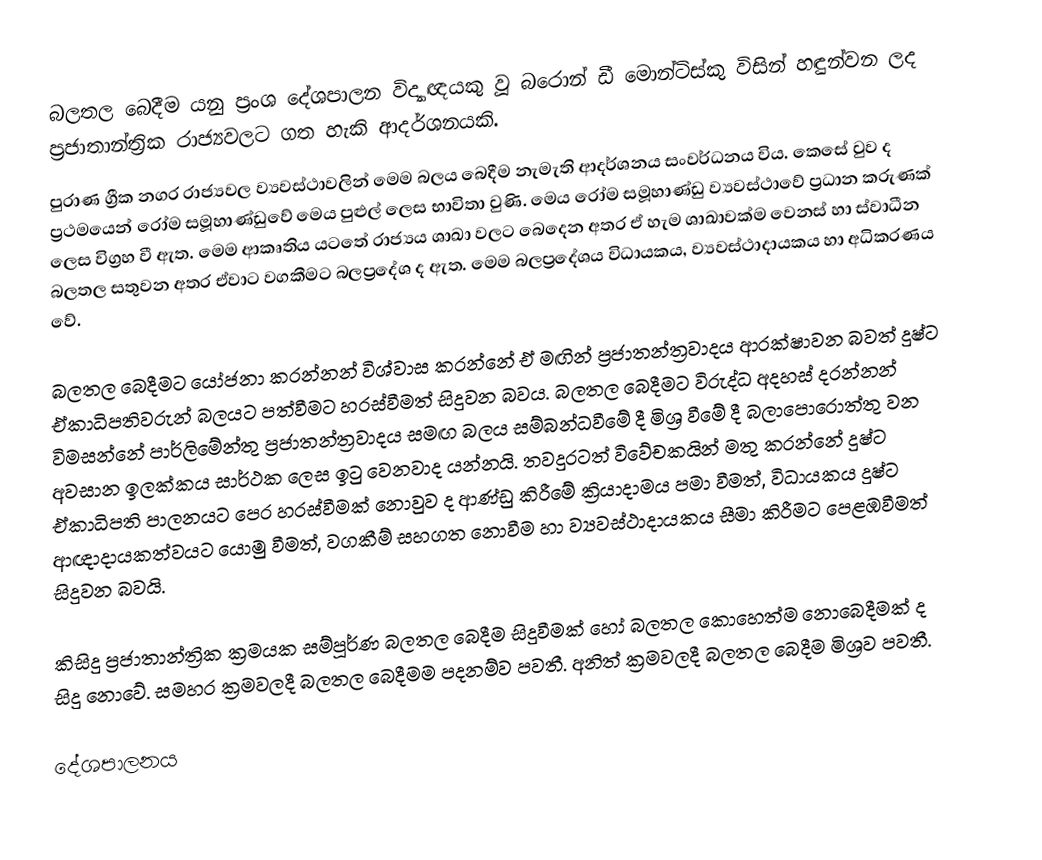
බලතල බෙදීම යනු ප්‍රංශ දේශපාලන විද්‍යාඥයකු වූ බරොන් ඩී මොන්ටිස්කු විසින් හඳුන්වන ලද ප්‍රජාතාන්ත්‍රික රාජ්‍යවලට ගත හැකි ආදර්ශනයකි.
පුරාණ ග්‍රීක නගර රාජ්‍යවල ව්‍යවස්ථාවලින් මෙම බලය බෙදීම නැමැති ආදර්ශනය සංවර්ධනය විය. කෙසේ වුව ද ප්‍රථමයෙන් රෝම සමූහාණ්ඩුවේ මෙය පුළුල් ලෙස භාවිතා වුණි. මෙය රෝම සමූහාණ්ඩු ව්‍යවස්ථාවේ ප්‍රධාන කරුණක් ලෙස විග්‍රහ වී ඇත. මෙම ආකෘතිය යටතේ රාජ්‍යය ශාඛා වලට බෙදෙන අතර ඒ හැම ශාඛාවක්ම වෙනස් හා ස්වාධීන බලතල සතුවන අතර ඒවාට වගකීමට බලප්‍රදේශ ද ඇත. මෙම බලප්‍රදේශය විධායකය, ව්‍යවස්ථාදායකය හා අධිකරණය වේ.

බලතල බෙදීමට යෝජනා කරන්නන් විශ්වාස කරන්නේ ඒ මඟින් ප්‍රජාතන්ත්‍රවාදය ආරක්ෂාවන බවත් දුෂ්ට ඒකාධිපතිවරුන් බලයට පත්වීමට හරස්වීමත් සිදුවන බවය. බලතල බෙදීමට විරුද්ධ අදහස් දරන්නන් විමසන්නේ පාර්ලිමේන්තු ප්‍රජාතන්ත්‍රවාදය සමඟ බලය සම්බන්ධවීමේ දී මිශ්‍ර වීමේ දී බලාපොරොත්තු වන අවසාන ඉලක්කය සාර්ථක ලෙස ඉටු වෙනවාද යන්නයි. තවදුරටත් විවේචකයින් මතු කරන්නේ දුෂ්ට ඒකාධිපති පාලනයට පෙර හරස්වීමක් නොවුව ද ආණ්ඩු කිරීමේ ක්‍රියාදාමය පමා වීමත්, විධායකය දුෂ්ට ආඥාදායකත්වයට යොමු වීමත්, වගකීම් සහගත නොවීම හා ව්‍යවස්ථාදායකය සීමා කිරීමට පෙළඹවීමත් සිදුවන බවයි.

කිසිදු ප්‍රජාතාන්ත්‍රික ක්‍රමයක සම්පූර්ණ බලතල බෙදීම සිදුවීමක් හෝ බලතල කොහෙත්ම නොබෙදීමක් ද සිදු නොවේ. සමහර ක්‍රමවලදී බලතල බෙදීමම පදනම්ව පවතී. අනිත් ක්‍රමවලදී බලතල බෙදීම මිශ්‍රව පවතී.

දේශපාලනය